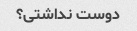
دوست نداشتی؟